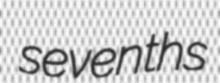
sevenths